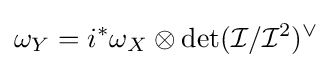
\omega _{Y}=i^{*}\omega _{X}\otimes \operatorname {det} ({\mathcal {I}}/{\mathcal {I}}^{2})^{\vee }